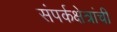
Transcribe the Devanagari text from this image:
संपर्कक्षेत्रांची